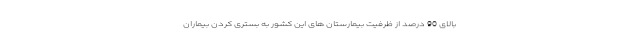
بالای 90 درصد از ظرفیت بیمارستان های این کشور به بستری کردن بیماران